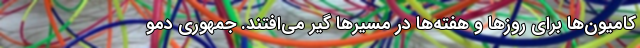
کامیون‌ها برای روزها و هفته‌ها در مسیرها گیر می‌افتند. جمهوری دمو